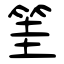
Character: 筀